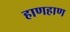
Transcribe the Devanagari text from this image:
हाणहाण